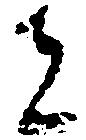
者